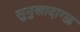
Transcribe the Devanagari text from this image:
सुनुखादागढ़